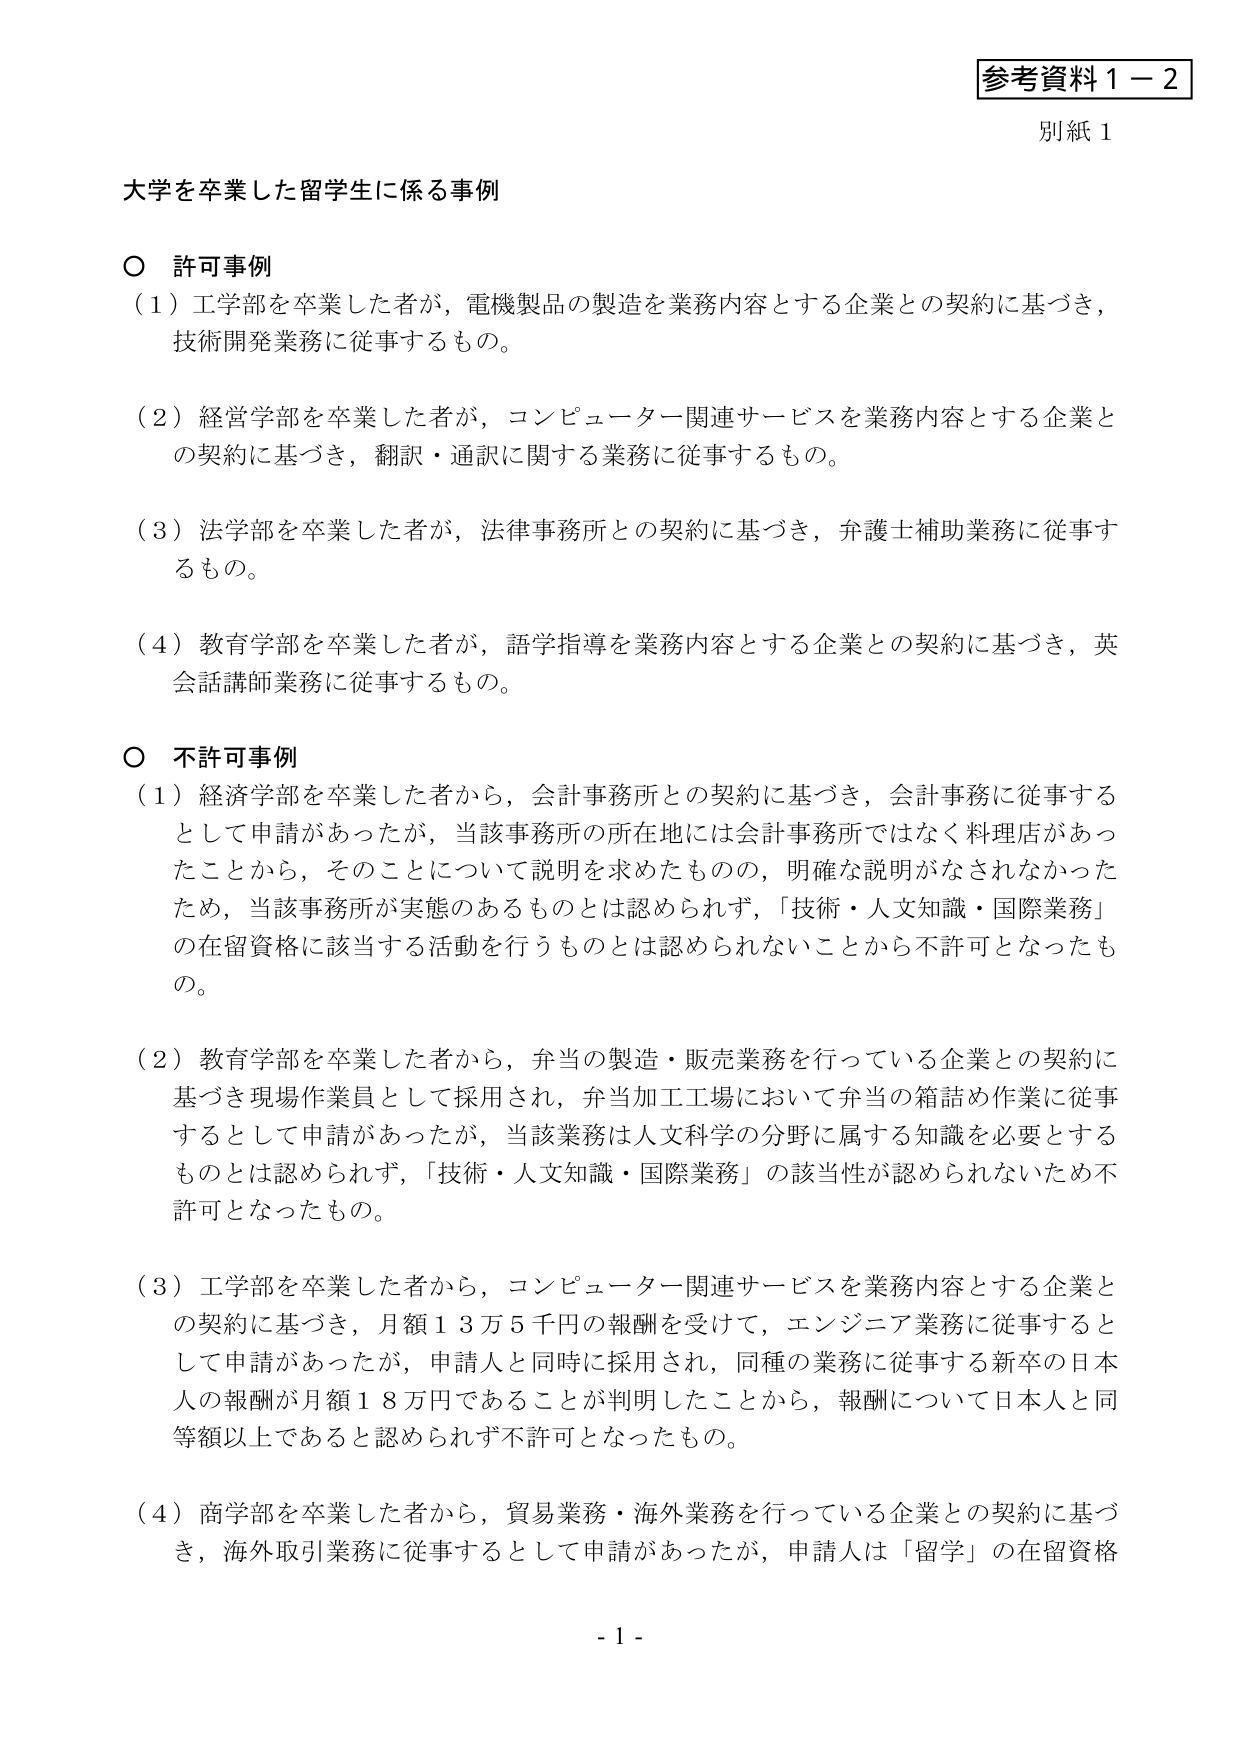
参考資料１－２
別紙１

大学を卒業した留学生に係る事例

○ 許可事例
（１）工学部を卒業した者が、電機製品の製造を業務内容とする企業との契約に基づき、
技術開発業務に従事するもの。

（２）経営学部を卒業した者が、コンピューター関連サービスを業務内容とする企業と
の契約に基づき、翻訳・通訳に関する業務に従事するもの。

（３）法学部を卒業した者が、法律事務所との契約に基づき、弁護士補助業務に従事す
るもの。

（４）教育学部を卒業した者が、語学指導を業務内容とする企業との契約に基づき、英
会話講師業務に従事するもの。

○ 不許可事例
（１）経済学部を卒業した者から、会計事務所との契約に基づき、会計事務に従事する
として申請があったが、当該事務所の所在地には会計事務所ではなく料理店があったことから、そのことについて説明を求めたものの、明確な説明がなされなかったため、当該事務所が実態のあるものとは認められず、「技術・人文知識・国際業務」
の在留資格に該当する活動を行うものとは認められないことから不許可となったも
の。

（２）教育学部を卒業した者から、弁当の製造・販売業務を行っている企業との契約に
基づき現場作業員として採用され、弁当加工工場において弁当の箱詰め作業に従事
するとして申請があったが、当該業務は人文科学の分野に属する知識を必要とする
ものとは認められず、「技術・人文知識・国際業務」の該当性が認められないため不
許可となったもの。

（３）工学部を卒業した者から、コンピューター関連サービスを業務内容とする企業と
の契約に基づき、月額１３万５千円の報酬を受けて、エンジニア業務に従事すると
して申請があったが、申請人と同時に採用され、同種の業務に従事する新卒の日本
人の報酬が月額１８万円であることが判明したことから、報酬について日本人と同
等額以上であると認められず不許可となったもの。

（４）商学部を卒業した者から、貿易業務・海外業務を行っている企業との契約に基づ
き、海外取引業務に従事するとして申請があったが、申請人は「留学」の在留資格

- 1 -